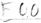
Text: E0.0